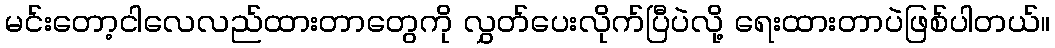
မင်းတော့ငါလေလည်ထားတာတွေကို လွှတ်ပေးလိုက်ပြီပဲလို့ ရေးထားတာပဲဖြစ်ပါတယ်။